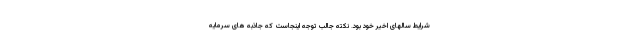
شرایط سالهای اخیر خود بود. نکته جالب توجه اینجاست که جاذبه های سرمایه